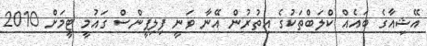
އޭޝިއާގެ ބައެއް ކްލަބްތަކުގެ އިތުރުން އޭނާ ވަނީ ފިލިޕީންސް ގައުމީ ޓީމަށް 2010